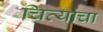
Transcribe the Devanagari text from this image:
चित्यांचा